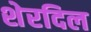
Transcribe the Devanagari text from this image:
शेरदिल